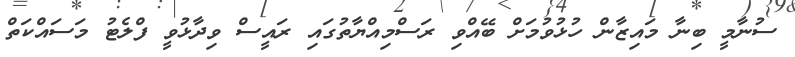
ސުނާމީ ބިނާ މައިޒާން ހުޅުވުމަށް ބޭއްވި ރަސްމިއްޔާތުގައި ރައީސް ވިދާޅުވީ ފްލެޓު މަސައްކަތް